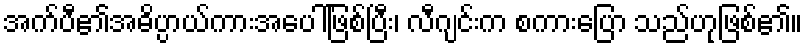
အက်ပီ၏အဓိပ္ပာယ်ကားအပေါ်ဖြစ်ပြီး၊ လီဂျင်းက စကားပြော သည်ဟုဖြစ်၏။